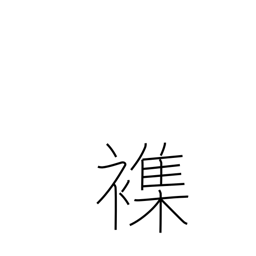
Meaning: mingle